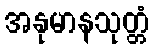
အနုမာနသုတ္တံ